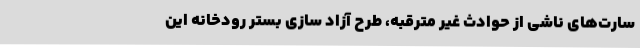
سارت‌های ناشی از حوادث غیر مترقبه، طرح آزاد سازی بستر رودخانه این